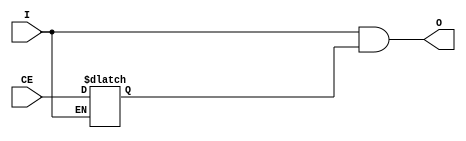
/*Copyright 2019-2021 T-Head Semiconductor Co., Ltd.

Licensed under the Apache License, Version 2.0 (the "License");
you may not use this file except in compliance with the License.
You may obtain a copy of the License at

    http://www.apache.org/licenses/LICENSE-2.0

Unless required by applicable law or agreed to in writing, software
distributed under the License is distributed on an "AS IS" BASIS,
WITHOUT WARRANTIES OR CONDITIONS OF ANY KIND, either express or implied.
See the License for the specific language governing permissions and
limitations under the License.
*/
module BUFGCE(
  I,
  CE,
  O 
);

input  I;
input  CE;
output O;

wire clk_in;
wire external_en;

assign clk_in = I;
assign external_en = CE;

reg    clk_en_af_latch;
always @(clk_in or external_en)
begin
  if(!clk_in)
    clk_en_af_latch <= external_en;
end

reg clk_en ;
always @ (clk_en_af_latch )
begin
    clk_en <= clk_en_af_latch;
end
assign O = clk_in && clk_en ;

endmodule